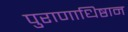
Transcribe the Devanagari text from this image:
पुराणाधिष्ठान